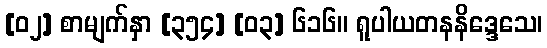
[၀၂] စာမျက်နှာ [၃၅၄] [၀၃] ၆၁၆။ ရူပါယတနနိဒ္ဒေသေ၊